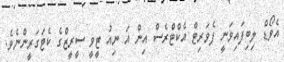
އެވޯޑް ލިބިފައިވަނީ ފެވަރިޓް އެކްޓްރެސް އިން އަ ނިއު ޓީވީ ސީރީޒްގެ ކެޓަގަރީންނެވެ.